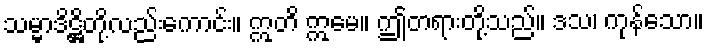
သမ္မာဒိဋ္ဌိတို့လည်းကောင်း။ ဣတိ ဣမေ။ ဤတရားတို့သည်။ ဒသ၊ ကုန်သော။